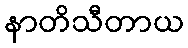
နာတိသီတာယ